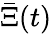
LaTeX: \bar{\Xi}(t)